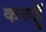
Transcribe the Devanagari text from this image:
करुहुँ